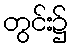
တွင်း၌